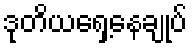
ဒုတိယရှေ့နေချုပ်